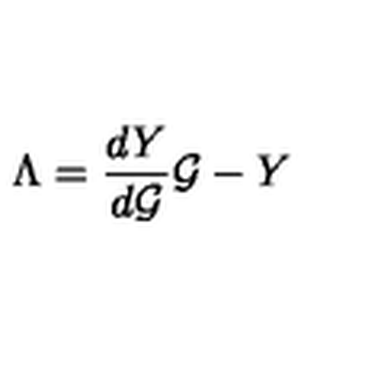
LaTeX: \Lambda = \frac { d Y } { d { \cal G } } { \cal G } - Y